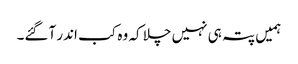
ہمیں پتہ ہی نہیں چلا کہ وہ کب اندر آگئے۔